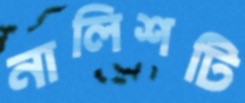
নালিশটি